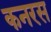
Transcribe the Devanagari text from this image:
कनरस